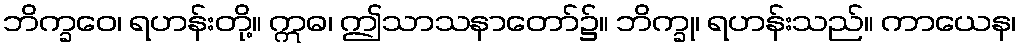
ဘိက္ခဝေ၊ ရဟန်းတို့။ ဣဓ၊ ဤသာသနာတော်၌။ ဘိက္ခု၊ ရဟန်းသည်။ ကာယေန၊